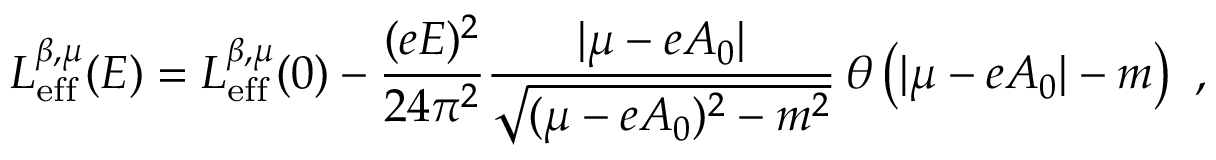
{ \cal L } _ { \mathrm { e f f } } ^ { \beta , \mu } ( E ) = { \cal L } _ { \mathrm { e f f } } ^ { \beta , \mu } ( 0 ) - \frac { ( e E ) ^ { 2 } } { 2 4 \pi ^ { 2 } } \frac { | \mu - e A _ { 0 } | } { \sqrt { ( \mu - e A _ { 0 } ) ^ { 2 } - m ^ { 2 } } } \, \theta \left( | \mu - e A _ { 0 } | - m \right) \ ,